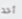
أحد